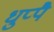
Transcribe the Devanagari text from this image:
धुप्पै